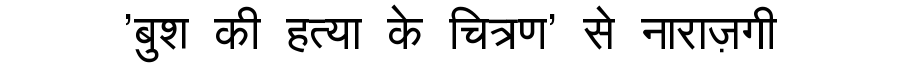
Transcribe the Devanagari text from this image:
'बुश की हत्या के चित्रण' से नाराज़गी